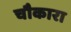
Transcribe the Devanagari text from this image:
चौकारा